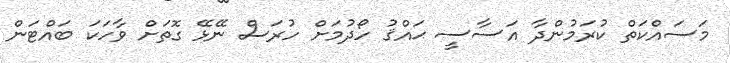
މަސައްކަތް ކުރަމުންދާ އަސާސީ ޙައްޤު ހޯދުމަށް ހުރަސް ނޭޅޭ ގޮތަށް ވާހަކަ ބައްޓަން